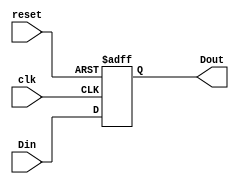
`timescale 1ns / 1ps
//////////////////////////////////////////////////////////////////////////////////
// Company: 
// Engineer: 
// 
// Design Name: 
// Module Name:    IMreg 
// Project Name: 
// Target Devices: 
// Tool versions: 
// Description: 
//
// Dependencies: 
//
// Revision: 
// Revision 0.01 - File Created
// Additional Comments: 
//
//////////////////////////////////////////////////////////////////////////////////
module IMreg(
	input clk,
	input reset,
    input [31:0] Din,
    output [31:0] Dout
    );
	
	reg [31:0] re=0;
	
	assign Dout=re;
	
	always @(posedge clk, posedge reset)
	begin
		if(reset)
			re<=0;
		else
			re<=Din;
	end

endmodule